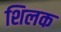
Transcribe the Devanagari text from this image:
शिलक